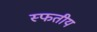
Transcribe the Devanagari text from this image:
स्फतीय